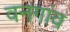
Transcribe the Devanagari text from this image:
वनगांव